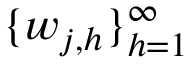
\{ w _ { j , h } \} _ { h = 1 } ^ { \infty }